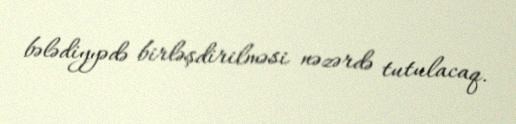
bələdiyyədə birləşdirilməsi nəzərdə tutulacaq.